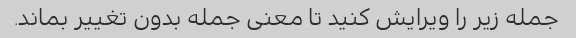
جمله زیر را ویرایش کنید تا معنی جمله بدون تغییر بماند.